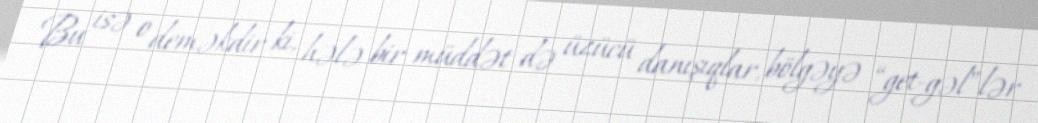
Bu isə o deməkdir ki, hələ bir müddət də üzücü danışıqlar, bölgəyə “get-gəl”lər